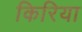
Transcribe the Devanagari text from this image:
किरिया